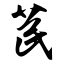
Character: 苠